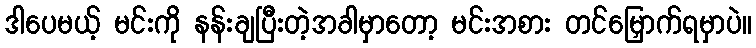
ဒါပေမယ့် မင်းကို နန်းချပြီးတဲ့အခါမှာတော့ မင်းအစား တင်မြှောက်ရမှာပဲ။